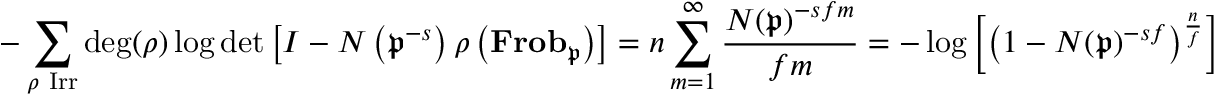
- \sum _ { \rho { \mathrm { ~ I r r } } } \deg ( \rho ) \log \operatorname* { d e t } \left[ I - N \left( { \mathfrak { p } } ^ { - s } \right) \rho \left( \mathbf { F r o b } _ { \mathfrak { p } } \right) \right] = n \sum _ { m = 1 } ^ { \infty } { \frac { N ( { \mathfrak { p } } ) ^ { - s f m } } { f m } } = - \log \left[ \left( 1 - N ( { \mathfrak { p } } ) ^ { - s f } \right) ^ { \frac { n } { f } } \right]